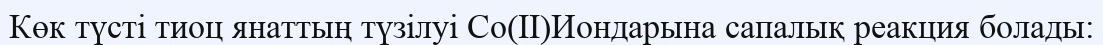
Көк түсті тиоц янаттың түзілуі Со(ІІ)Иондарына сапалық реакция болады: